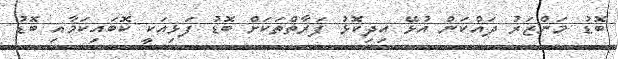
ބޮޑު މަންޒަރު ދައްކަން އުޅޭ އިދިކޮޅު ފަރާތްތަކަށް ބޮޑު ފަޅިއަކީ ކޮބައިކަމާއި ބޮޑު